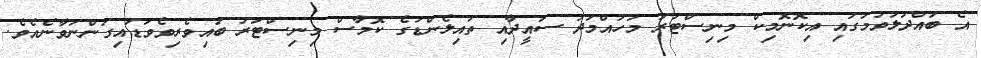
އެ ބައްދަލުވުމުގައި އިކޮނޮމިކް މިނިސްޓަރު މުހައްމަދު ސައީދާއި ތައިލެންޑުގެ ކޮމާސް މިނިސްޓަރު ބައިވެރިވެވަޑައިގަންނަވާނެއެވެ.